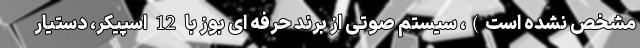
مشخص نشده است)، سیستم صوتی از برند حرفه ای بوز با 12 اسپیکر، دستیار